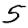
Digit: 5